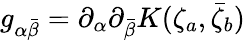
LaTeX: g_{\alpha\bar{\beta}}=\partial_{\alpha}\partial_{\bar{\beta}}K(\zeta_{a},\bar{\zeta}_{b})